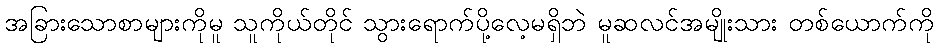
အခြားသောစာများကိုမူ သူကိုယ်တိုင် သွားရောက်ပို့လေ့မရှိဘဲ မူဆလင်အမျိုးသား တစ်ယောက်ကို